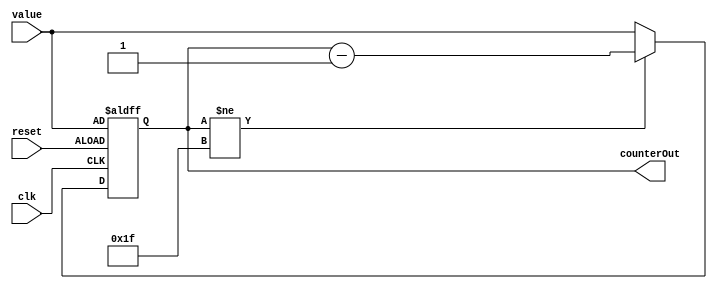
`timescale 1ns / 1ps
//////////////////////////////////////////////////////////////////////////////////
// Company: 
// Engineer: 
// 
// Design Name: 
// Module Name: down_counter
// Project Name: 
// Target Devices: 
// Tool Versions: 
// Description: 
// 
// Dependencies: 
// 
// Revision:
// Revision 0.01 - File Created
// Additional Comments:
// 
//////////////////////////////////////////////////////////////////////////////////


module down_counter(
    input clk,
    input reset,
    input [4:0] value,
    output reg [4:0] counterOut
    );
    
    always @ (posedge clk or posedge reset) begin
            if (reset == 1) begin
                counterOut <= value;
            end else begin
                if (counterOut != 5'b11111)
                    counterOut <= counterOut - 1;
                else
                    counterOut <= value; 
            end
        end
endmodule